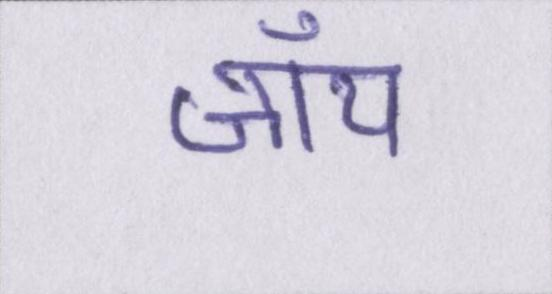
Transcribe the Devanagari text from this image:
जॉय